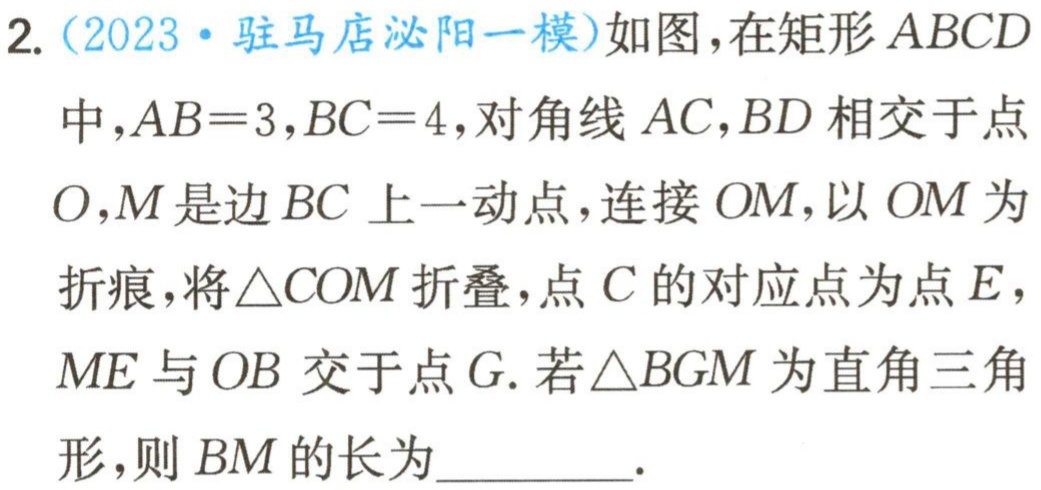
2.（2023·驻马店泌阳一模）如图，在矩形\(ABCD\)中，\(AB = 3\)，\(BC = 4\)，对角线\(AC\)，\(BD\)相交于点\(O\)，\(M\)是边\(BC\)上一动点，连接\(OM\)，以\(OM\)为折痕，将\(\triangle COM\)折叠，点\(C\)的对应点为点\(E\)，\(ME\)与\(OB\)交于点\(G\). 若\(\triangle BGM\)为直角三角形，则\(BM\)的长为_________.